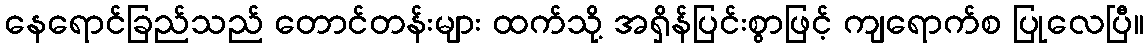
နေရောင်ခြည်သည် တောင်တန်းများ ထက်သို့ အရှိန်ပြင်းစွာဖြင့် ကျရောက်စ ပြုလေပြီ။